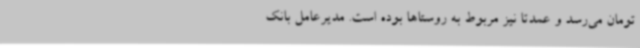
تومان می‌رسد و عمدتاً نیز مربوط به روستاها بوده است. مدیرعامل بانک